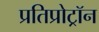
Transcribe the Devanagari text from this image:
प्रतिप्रोट्रॉन